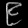
Digit: ၉